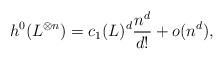
\begin{align*}h^0(L^{\otimes n})=c_1(L)^d\frac{n^d}{d!}+o(n^d),\end{align*}